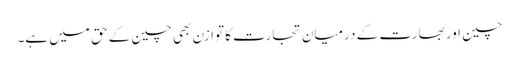
چین اور بھارت کے درمیان تجارت کا توازن بھی چین کے حق میں ہے۔